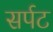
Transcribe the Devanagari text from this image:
सर्पट